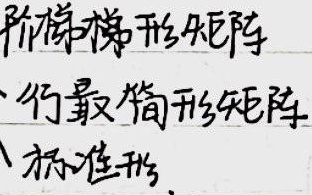
阶梯梯形矩阵、行最简形矩阵、标准形